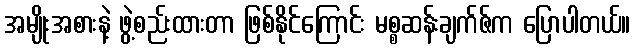
အမျိုးအစားနဲ့ ဖွဲ့စည်းထားတာ ဖြစ်နိုင်ကြောင်း မစ္စဆန်းချက်ဇ်က ပြောပါတယ်။